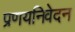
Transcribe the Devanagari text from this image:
प्रणयनिवेदन